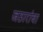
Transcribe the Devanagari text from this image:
जठारांचा